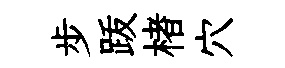
步䟦楮穴